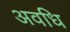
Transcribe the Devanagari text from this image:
अवधि